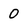
Character: O